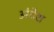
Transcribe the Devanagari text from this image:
अंदेश